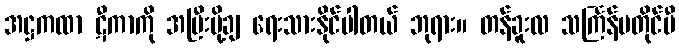
အဋ္ဌကထာ ဋီကာကို အပြီးပို့ချ ရေးသားနိုင်ပါတယ် ဘုရား။ တန်ခူးလ သင်္ကြန်မတိုင်မီ